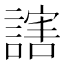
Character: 𬣁